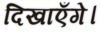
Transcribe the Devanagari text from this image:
दिखाएँगे।